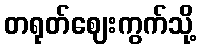
တရုတ်ဈေးကွက်သို့